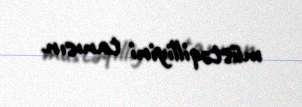
müstəqilliyini tanısın.